Lunatic asylums Madras 1877-1891 - 1877-1891
Year: 1877
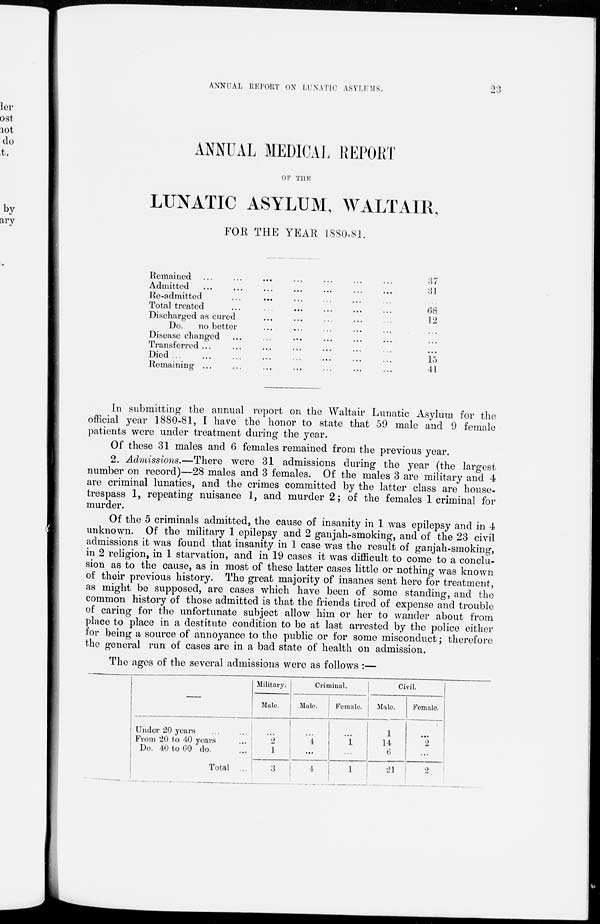
23
ANNUAL REPORT ON LUNATIC ASYLUMS.
ANNUAL MEDICAL REPORT
OF THE
LUNATIC ASYLUM, WALTAIR,
FOR THE YEAR 1880-81.
Remained
...
...
...
...
...
...
...
Admitted
...
...
...
...
...
...
...
Re-admitted
...
...
...
...
...
...
...
Total treated
...
...
...
...
...
...
...
Discharged as cured
...
...
...
...
...
...
...
Do.
no better
...
...
...
...
...
...
...
Disease changed
...
...
...
...
...
...
...
Transferred ...
...
...
...
...
...
...
Died
...
...
...
...
...
...
...
Remaining
...
...
...
...
...
...
...
37
31
...
68
12
...
...
...
15
41
In submitting the annual report on the Waltair Lunatic Asylum for the
official year 1880-81, I have the honor to state that 59 male and 9 female
patients were under treatment during the year.
Of these 31 males and 6 females remained from the previous year.
2. Admissions.—There were 31 admissions during the year (the largest
number on record)—28 males and 3 females. Of the males 3 are military and 4
are criminal lunatics, and the crimes committed by the latter class are house-
trespass 1, repeating nuisance 1, and murder 2; of the females 1 criminal for
murder.
Of the 5 criminals admitted, the cause of insanity in 1 was epilepsy and in 4
unknown. Of the military 1 epilepsy and 2 ganjah-smoking, and of the 23 civil
admissions it was found that insanity in 1 case was the result of ganjah-smoking,
in 2 religion, in 1 starvation, and in 19 cases it was difficult to come to a conclu-
sion as to the cause, as in most of these latter cases little or nothing was known
of their previous history. The great majority of insanes sent here for treatment,
as might be supposed, are cases which have been of some standing, and the
common history of those admitted is that the friends tired of expense and trouble
of caring for the unfortunate subject allow him or her to wander about from
place to place in a destitute condition to be at last arrested by the police either
for being a source of annoyance to the public or for some misconduct; therefore
the general run of cases are in a bad state of health on admission.
The ages of the several admissions were as follows :—
Under 20 years ... ...
From 20 to 40 years ...
Do.
40 to 60 do. ...
Total ...
Military.
Male.
...
2
1
3
Criminal.
Male.
...
4
...
4
Female.
...
1
...
1
Civil.
Male.
1
14
6
21
Female.
...
2
...
2